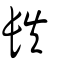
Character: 镻